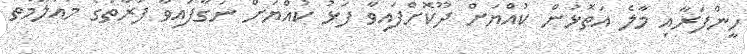
ހީންފަރާއި މާލެ އަތޮޅުން ކުއްޔަށް ދޫކޮށްފައިވާ ފަޅު ކުއްޔަށް ނަގާފައިވާ ފަރާތުގެ މައުލޫމާތު